Report on vaccination in Madras 1895-1903 - 1895-1903
Year: 1895
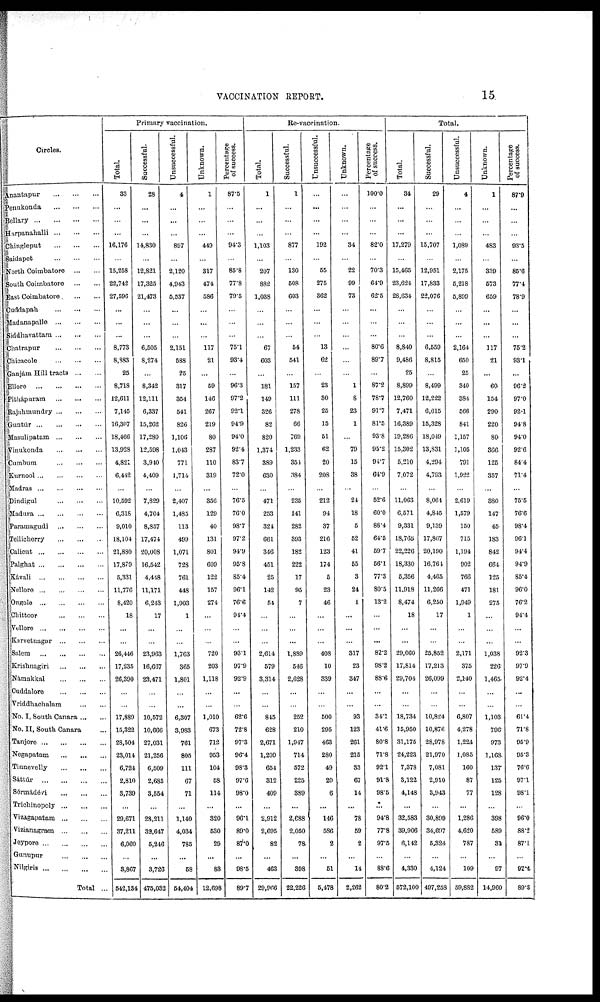
VACCINATION REPORT.
15
Circles.
Anantapur
...
...
...
Penukonda
...
...
...
Bellary
...
...
...
...
Harpanahalli
...
...
...
Chingleput
...
...
...
Saidapet
...
...
...
North Coimbatore
...
...
South Coimbatore
...
...
East Coimbatore
...
...
Cuddapah
...
...
...
Madanapalle
...
...
...
Siddhavattam
...
...
...
Chatrapur
...
...
...
Chicacole
...
...
...
Ganjám Hill tracts
...
...
Ellore
...
...
...
...
Pithápuram
...
...
...
Rajahmundry...
...
...
Guntúr
...
...
...
...
Masulipatam
...
...
...
Vinukonda
...
...
...
Cumbum
...
...
...
Kurnool
...
...
...
...
Madras
...
...
...
...
Dindigul
...
...
...
Madura
...
...
...
...
Paramagudi
...
...
...
Tellicherry
...
...
...
Calicut
...
...
...
...
Palghat
...
...
...
...
Kávali
...
...
...
...
Nellore
...
...
...
...
Ongole
...
...
...
...
Chittoor
...
...
...
Vellore
...
...
...
...
Karvetnagar ... ... ...
Salem
...
...
...
...
Krishnagiri
...
...
...
Námakkal
...
...
...
Cuddalore
...
...
...
Vriddhachalam
...
...
No. I, South Canara ... ...
No. II, South Canara ...
Tanjore
...
...
...
...
Negapatam
...
...
...
Tinnevelly
...
...
...
Sáttúr
...
...
...
...
Sérmádévi
...
...
...
Trichinopoly ... ... ...
Vizagapatam
...
...
...
Vizianagram
...
...
...
Jeypore
...
...
...
...
Gunupur
...
...
...
Nilgiris
...
...
...
...
Total ...
Primary vaccination.
Total.
33
...
...
...
16,176
...
15,258
22,742
27,596
...
...
...
8,773
8,883
25
8,718
12,611
7,145
16,307
18,466
13,928
4,821
6,442
...
10,592
6,318
9,010
18,104
21,880
17,879
5,331
11,776
8,420
18
...
...
26,446
17,235
26,390
...
...
17,889
15,322
28,504
23,014
6,724
2,810
3,730
...
29,671
37,211
6,060
...
3,867
542,134
Successful.
28
...
...
...
14,830
...
12,821
17,325
21,473
...
...
...
6,505
8,274
...
8,342
12,111
6,337
15,262
17,280
12,598
3,940
4,409
...
7,829
4,704
8,857
17,474
20,008
16,542
4,418
11,171
6,243
17
...
...
23,963
16,667
23,471
...
...
10,572
10,666
27,031
21,256
6,509
2,685
3,554
...
28,211
32,647
5,246
...
3,726
475,032
Unsuccessful.
4
...
...
...
897
...
2,120
4,943
5,537
...
...
...
2,151
588
25
317
354
541
826
1,106
1,043
771
1,714
...
2,407
1,435
113
499
1,071
728
761
448
1,903
1
...
...
1,763
365
1,801
...
...
6,307
3,983
761
805
111
67
71
...
1,140
4,034
785
...
58
54,404
Unknown.
1
...
...
...
449
...
317
474
586
...
...
...
117
21
...
59
146
267
219
80
287
110
319
...
356
129
40
131
801
609
122
157
274
...
...
...
720
203
1,118
...
...
1,010
673
712
953
104
58
114
...
320
530
29
...
83
12,698
Percentage
of success.
87.5
...
...
...
94.3
...
85.8
77.8
79.5
...
...
...
75.1
93.4
...
96.3
97.2
92.1
94.9
94.0
92.4
83.7
72.0
...
76.5
76.0
98.7
97.2
94.9
95.8
85.4
96.1
76.6
94.4
...
...
93.1
97.9
92.9
...
...
62.6
72.8
97.3
96.4
98.3
97.6
98.0
...
96.1
89.0
87.0
...
98.5
89.7
Re-vaccination.
Total.
1
...
...
...
1,103
...
207
882
1,038
...
...
...
67
603
...
181
149
326
82
820
1,374
389
630
...
471
253
324
661
346
451
25
142
54
...
...
...
2,614
579
3,314
...
...
845
628
2,671
1,209
654
312
409
...
2,912
2,695
82
...
463
29,966
Successful.
1
...
...
...
877
...
130
508
603
...
...
...
54
541
...
157
111
278
66
769
1,233
354
384
...
235
141
282
393
182
222
17
95
7
...
...
...
1,889
546
2,628
...
...
252
210
1,947
714
572
225
389
...
2,688
2,050
78
...
398
22,226
Unsuccessful.
...
...
...
...
192
...
55
275
362
...
...
...
13
62
...
23
30
25
15
51
62
20
208
...
212
94
37
216
123
174
5
23
46
...
...
...
408
10
339
...
...
500
295
463
280
40
20
6
...
146
586
2
...
51
5,478
Unknown.
...
...
...
...
34
...
22
99
73
...
...
...
...
...
...
1
8
23
1
...
79
15
38
...
24
18
5
52
41
55
3
24
1
...
...
...
317
23
347
...
...
93
123
261
215
33
67
14
...
78
59
2
...
14
2,262
Percentage
of success.
100.0
...
...
...
82.0
...
70.3
64.9
62.5
...
...
...
80.6
89.7
...
87.2
78.7
91.7
81.5
93.8
95.2
94.7
64.9
...
52.6
60.0
88.4
64.5
59.7
56.1
77.3
80.5
13.2
...
...
...
82.2
98.2
88.6
...
...
84.1
41.6
80.8
71.8
92.1
91.8
98.5
...
94.8
77.8
97.5
...
88.6
80.2
Total.
Total.
34
...
...
...
17,279
...
15,465
23,624
28,634
...
...
...
8,840
9,486
25
8,899
12,760
7,471
16,389
19,286
15,302
5,210
7,072
...
11,068
6,571
9,331
18,765
22,226
18,330
5,356
11,918
8,474
18
...
...
29,060
17,814
29,704
...
...
18,784
15,950
31,175
24,223
7,378
3,122
4,148
...
32,583
39,906
6,142
...
4,330
572,100
Successful.
29
...
...
...
15,707
...
12,951
17,833
22,076
...
...
...
6,559
8,815
...
8,499
12,222
6,615
16,328
18,049
13,831
4,294
4,793
...
8,064
4,845
9,139
17,807
20,190
16,764
4,465
11,266
6,250
17
...
...
25,852
17,213
26,099
...
...
10,824
10,876
28,978
21,970
7,081
2,910
3,943
...
30,899
34,697
5,324
...
4,124
497,253
Unsuccessful.
4
...
...
...
1,089
...
2,175
5,218
5,899
...
...
...
2,164
650
25
840
884
566
841
1,157
1,105
791
1,922
...
2,619
1,579
150
715
1,194
902
766
471
1,949
1
...
...
2,171
375
2,140
...
...
6,807
4,278
1,224
1,085
160
87
77
...
1,286
4,620
787
...
109
59,882
Unknown.
1
...
...
...
483
...
339
573
659
...
...
...
117
21
...
60
154
290
220
80
366
125
357
...
380
147
45
183
842
664
125
181
275
...
...
...
1,038
226
1,465
...
...
1,103
796
973
1,168
137
125
128
...
398
589
31
...
97
14,960
Percentage
of success.
87.9
...
...
...
93.5
...
85.6
77.4
78.9
...
...
...
75.2
93.1
...
96.2
97.0
92.1
94.8
94.0
92.6
84.4
71.4
...
75.5
76.6
98.4
96.1
94.4
94.9
85.4
96.0
76.2
94.4
...
...
92.3
97.9
92.4
...
...
61.4
71.8
95.9
95.3
76.6
97.1
98.1
...
96.0
88.2
87.1
...
97.4
89.3